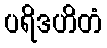
ပရိဒဟိတံ